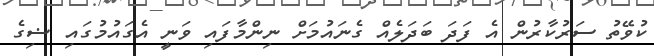
ކުވޭތު ސަރުކާރުން އެ ފަދަ ބަދަލެއް ގެނައުމަށް ނިންމާފައި ވަނީ އެގައުމުގައި ޟިގެ